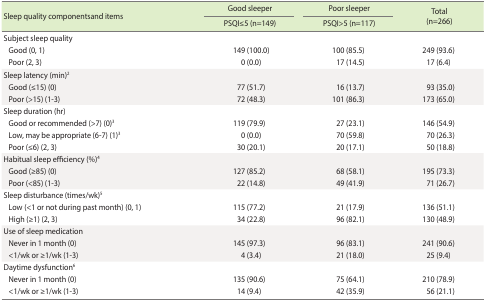
| <ROWSPAN=2> Sleep quality componentsand items | Good sleeper | Poor sleeper | <ROWSPAN=2> Total (n=266) |
 | PSQI≤5 (n=149) | PSQI>5 (n=117) |
 | --- | --- | --- | --- |
 | Subject sleep quality |  |  |  |
 | Good (0, 1) | 149 (100.0) | 100 (85.5) | 249 (93.6) |
 | Poor (2, 3) | 0 (0.0) | 17 (14.5) | 17 (6.4) |
 | Sleep latency (min)2 |  |  |  |
 | Good (≤15) (0) | 77 (51.7) | 16 (13.7) | 93 (35.0) |
 | Poor (>15) (1-3) | 72 (48.3) | 101 (86.3) | 173 (65.0) |
 | Sleep duration (hr) |  |  |  |
 | Good or recommended (>7) (0)3 | 119 (79.9) | 27 (23.1) | 146 (54.9) |
 | Low, may be appropriate (6-7) (1)3 | 0 (0.0) | 70 (59.8) | 70 (26.3) |
 | Poor (≤6) (2, 3) | 30 (20.1) | 20 (17.1) | 50 (18.8) |
 | Habitual sleep efficiency (%)4 |  |  |  |
 | Good (≥85) (0) | 127 (85.2) | 68 (58.1) | 195 (73.3) |
 | Poor (<85) (1-3) | 22 (14.8) | 49 (41.9) | 71 (26.7) |
 | Sleep disturbance (times/wk)5 |  |  |  |
 | Low (<1 or not during past month) (0, 1) | 115 (77.2) | 21 (17.9) | 136 (51.1) |
 | High (≥1) (2, 3) | 34 (22.8) | 96 (82.1) | 130 (48.9) |
 | Use of sleep medication |  |  |  |
 | Never in 1 month (0) | 145 (97.3) | 96 (83.1) | 241 (90.6) |
 | <1/wk or ≥1/wk (1-3) | 4 (3.4) | 21 (18.0) | 25 (9.4) |
 | Daytime dysfunction6 |  |  |  |
 | Never in 1 month (0) | 135 (90.6) | 75 (64.1) | 210 (78.9) |
 | <1/wk or ≥1/wk (1-3) | 14 (9.4) | 42 (35.9) | 56 (21.1) |